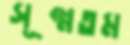
সূক্ষ্মতম